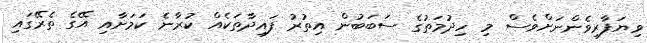
ވިޔަފާރިވެންނަށްވެސް މި ހިދުމަތުގެ ސަބަބުން އިތުރު ފައިދާތަކެއް ކުރާނެ ކަމަށާއި އޭގެ ތެރޭގައި